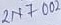
Text: 2N7002